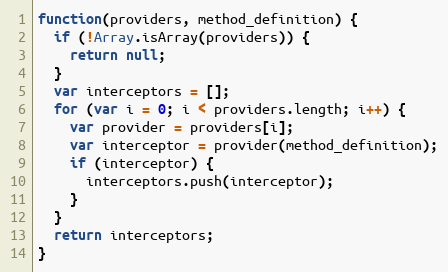
Language: JavaScript
function(providers, method_definition) {
  if (!Array.isArray(providers)) {
    return null;
  }
  var interceptors = [];
  for (var i = 0; i < providers.length; i++) {
    var provider = providers[i];
    var interceptor = provider(method_definition);
    if (interceptor) {
      interceptors.push(interceptor);
    }
  }
  return interceptors;
}